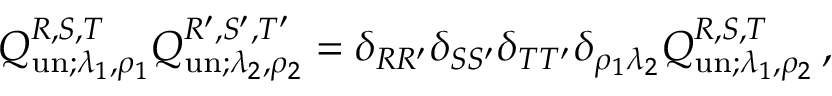
Q _ { \mathrm { u n } ; \lambda _ { 1 } , \rho _ { 1 } } ^ { R , S , T } Q _ { \mathrm { u n } ; \lambda _ { 2 } , \rho _ { 2 } } ^ { R ^ { \prime } , S ^ { \prime } , T ^ { \prime } } = \delta _ { R R ^ { \prime } } \delta _ { S S ^ { \prime } } \delta _ { T T ^ { \prime } } \delta _ { \rho _ { 1 } \lambda _ { 2 } } Q _ { \mathrm { u n } ; \lambda _ { 1 } , \rho _ { 2 } } ^ { R , S , T } \, ,